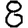
Digit: 8